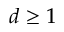
d \geq 1